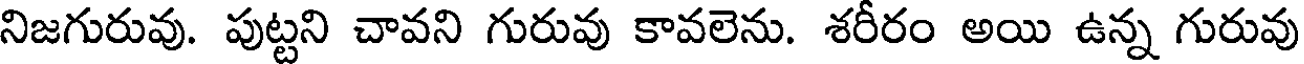
నిజగురువు. పుట్టని చావని గురువు కావలెను. శరీరం అయి ఉన్న గురువు